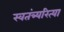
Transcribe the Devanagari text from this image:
स्वतंत्र्यरित्या